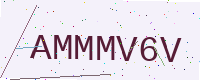
Text: AMMMV6V